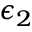
\epsilon _ { 2 }